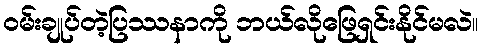
၀မ်းချုပ်တဲ့ပြဿနာကို ဘယ်လိုဖြေရှင်းနိုင်မလဲ။